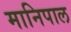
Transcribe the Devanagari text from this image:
मानिपाल